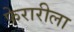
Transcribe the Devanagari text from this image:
फेरारीला